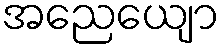
အညေယျော